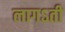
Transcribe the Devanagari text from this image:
लागऽती